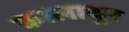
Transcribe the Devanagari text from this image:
कालाथुर